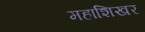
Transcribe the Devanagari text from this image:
महाशिखर